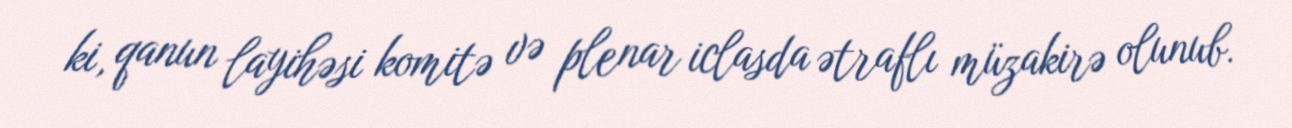
ki, qanun layihəsi komitə və plenar iclasda ətraflı müzakirə olunub.